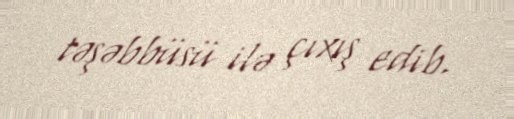
təşəbbüsü ilə çıxış edib.